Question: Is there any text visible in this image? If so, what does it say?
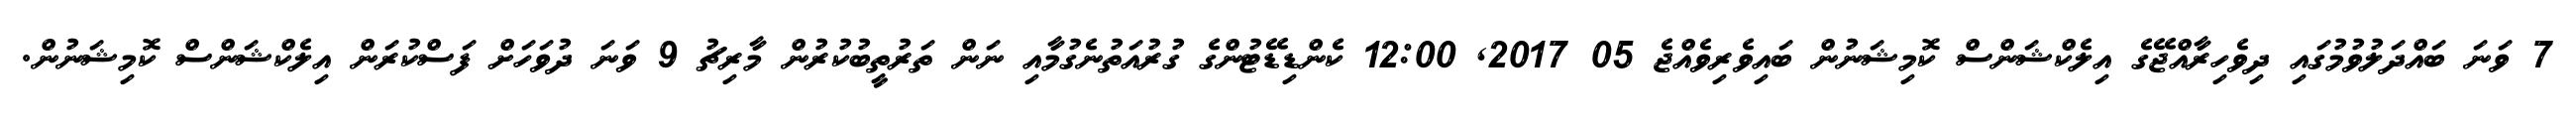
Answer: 7 ވަނަ ބައްދަލުވުމުގައި ދިވެހިރާއްޖޭގެ އިލެކްޝަންސް ކޮމިޝަނުން ބައިވެރިވެއްޖެ 05 2017, 12:00 ކެންޑިޑޭޓުންގެ ގުރުއަތުނެގުމާއި ނަން ތަރުތީބުކުރުން މާރިޗު 9 ވަނަ ދުވަހަށް ފަސްކުރަން އިލެކްޝަންސް ކޮމިޝަނުން.